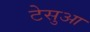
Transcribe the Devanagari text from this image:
टेसुआ